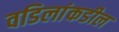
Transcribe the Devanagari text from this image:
वडिलांकडील